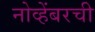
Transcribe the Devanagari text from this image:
नोव्हेंबरची